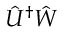
\hat { U } ^ { \dag } \hat { W }